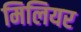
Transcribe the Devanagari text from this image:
मिलियर